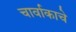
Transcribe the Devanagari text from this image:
चार्वाकाचे